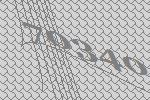
70340